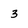
Character: 3